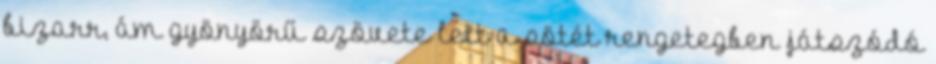
bizarr, ám gyönyörű szövete lett a sötét rengetegben játszódó